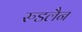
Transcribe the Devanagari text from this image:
रुडलैन